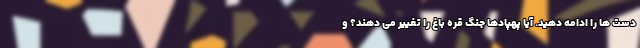
دست ها را ادامه دهید. آیا پهپادها جنگ قره باغ را تغییر می دهند؟ و